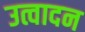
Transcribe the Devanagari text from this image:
उत्वादन